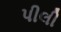
પીલી